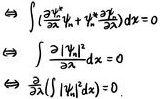
\[
\begin{align*}
&\int\left(\frac{\partial \psi_{n}^{*}}{\partial x} \psi_{m}+\psi_{n}^{*} \frac{\partial \psi_{m}}{\partial x}\right) d x=0\\
&\int \frac{\partial\left|\psi_{n}\right|^{2}}{\partial x} d x=0\\
&\frac{\partial}{\partial x}\left(\int\left|\psi_{n}\right|^{2} d x\right)=0.
\end{align*}
\]